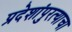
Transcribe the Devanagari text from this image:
प्रदेशांपुरत्याचा